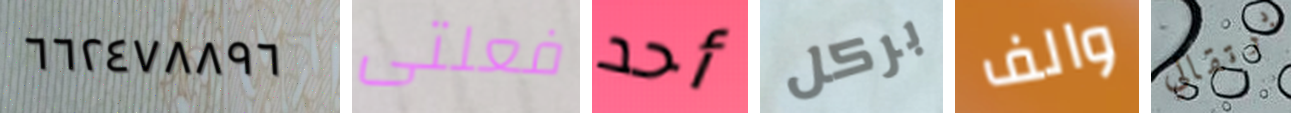
٦٦٢٤٧٨٨٩٦ فعلتى أحد بركل والف برتقالي